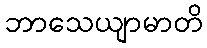
ဘာသေယျာမာတိ